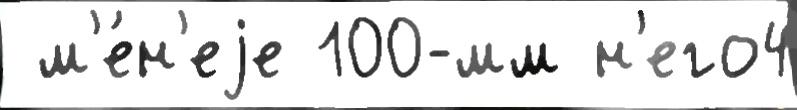
 м'е́н'еjе 100-мм н'его4